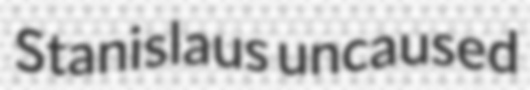
Stanislaus uncaused